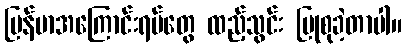
မြန်မာအကြောင်းရပ်တွေ ထည့်သွင်း ပြုစုခဲ့တာပါ။